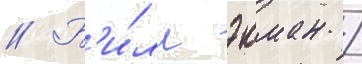
// Б'и́лл экман /